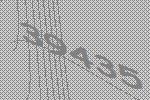
39435